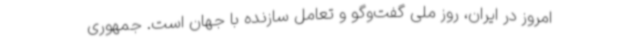
امروز در ایران، روز ملی گفت‌وگو و تعامل سازنده با جهان است. جمهوری